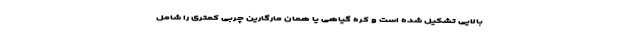
بالایی تشکیل شده است و کره گیاهی یا همان مارگارین چربی کمتری را شامل